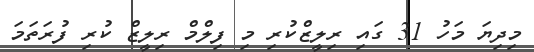
މިދިޔަ މަހު 31 ގައި ރިލީޒްކުރި މި ފިލްމް ރިލީޒް ކުރި ފުރަތަމަ